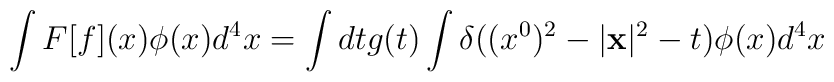
\int F[f](x) \phi (x) d^{4}x =\int dt g(t) \int \delta ((x^{0})^{2} - |{\bf x}|^{2} - t)\phi (x) d^{4}x